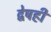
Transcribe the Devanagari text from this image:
द्वेषही